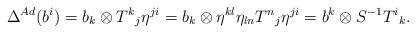
LaTeX: \begin{align*}\Delta ^{Ad}(b^{i}) = b_{k} \otimes T^{k}{}_{j} \eta ^{ji} = b_{k} \otimes \eta ^{kl} \eta _{ln} T^{n}{}_{j} \eta ^{ji} = b^{k} \otimes S^{-1} T^{i}{}_{k}.\end{align*}